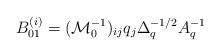
\begin{align*}B^{(i)}_{01} = (\mathcal{M}_0^{-1})_{ij} q_j \Delta_q^{-1/2} A_q^{-1}\end{align*}